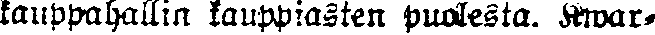
kauppahallin kauppiasten puolesta. Kwar-